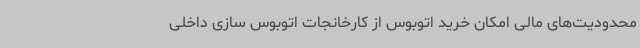
محدودیت‌های مالی امکان خرید اتوبوس از کارخانجات اتوبوس سازی داخلی